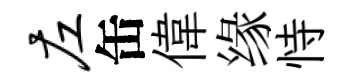
左缶偉缘恃